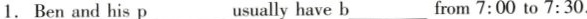
1.Ben and his p___usually have b___ from 7:00 to 7:30.